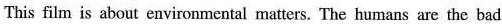
This film is about environmental matters.The humans are the bad